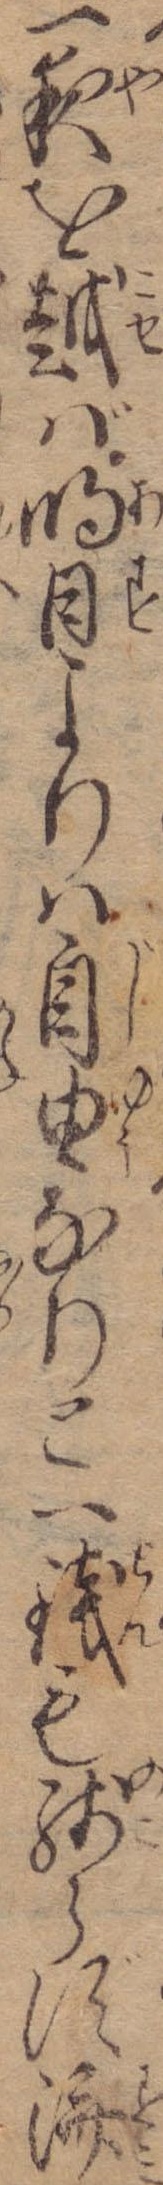
一夜を越ば明日よりは自由なりと一銭も残らず済